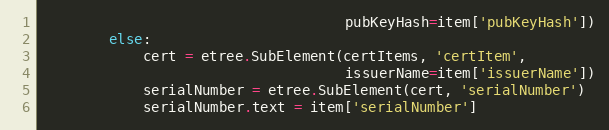
Language: Python
                                    pubKeyHash=item['pubKeyHash'])
        else:
            cert = etree.SubElement(certItems, 'certItem',
                                    issuerName=item['issuerName'])
            serialNumber = etree.SubElement(cert, 'serialNumber')
            serialNumber.text = item['serialNumber']